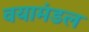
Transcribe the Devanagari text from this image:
वयामंडल